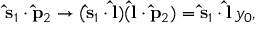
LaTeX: { \bf \hat { s } } _ { 1 } \cdot { \bf \hat { p } } _ { 2 } \rightarrow ( { \bf \hat { s } } _ { 1 } \cdot { \bf \hat { l } } ) ( { \bf \hat { l } } \cdot { \bf \hat { p } } _ { 2 } ) = { \bf \hat { s } } _ { 1 } \cdot { \bf \hat { l } } \, y _ { 0 } ,